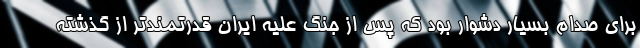
برای صدام بسیار دشوار بود که پس از جنگ علیه ایران قدرتمندتر از گذشته